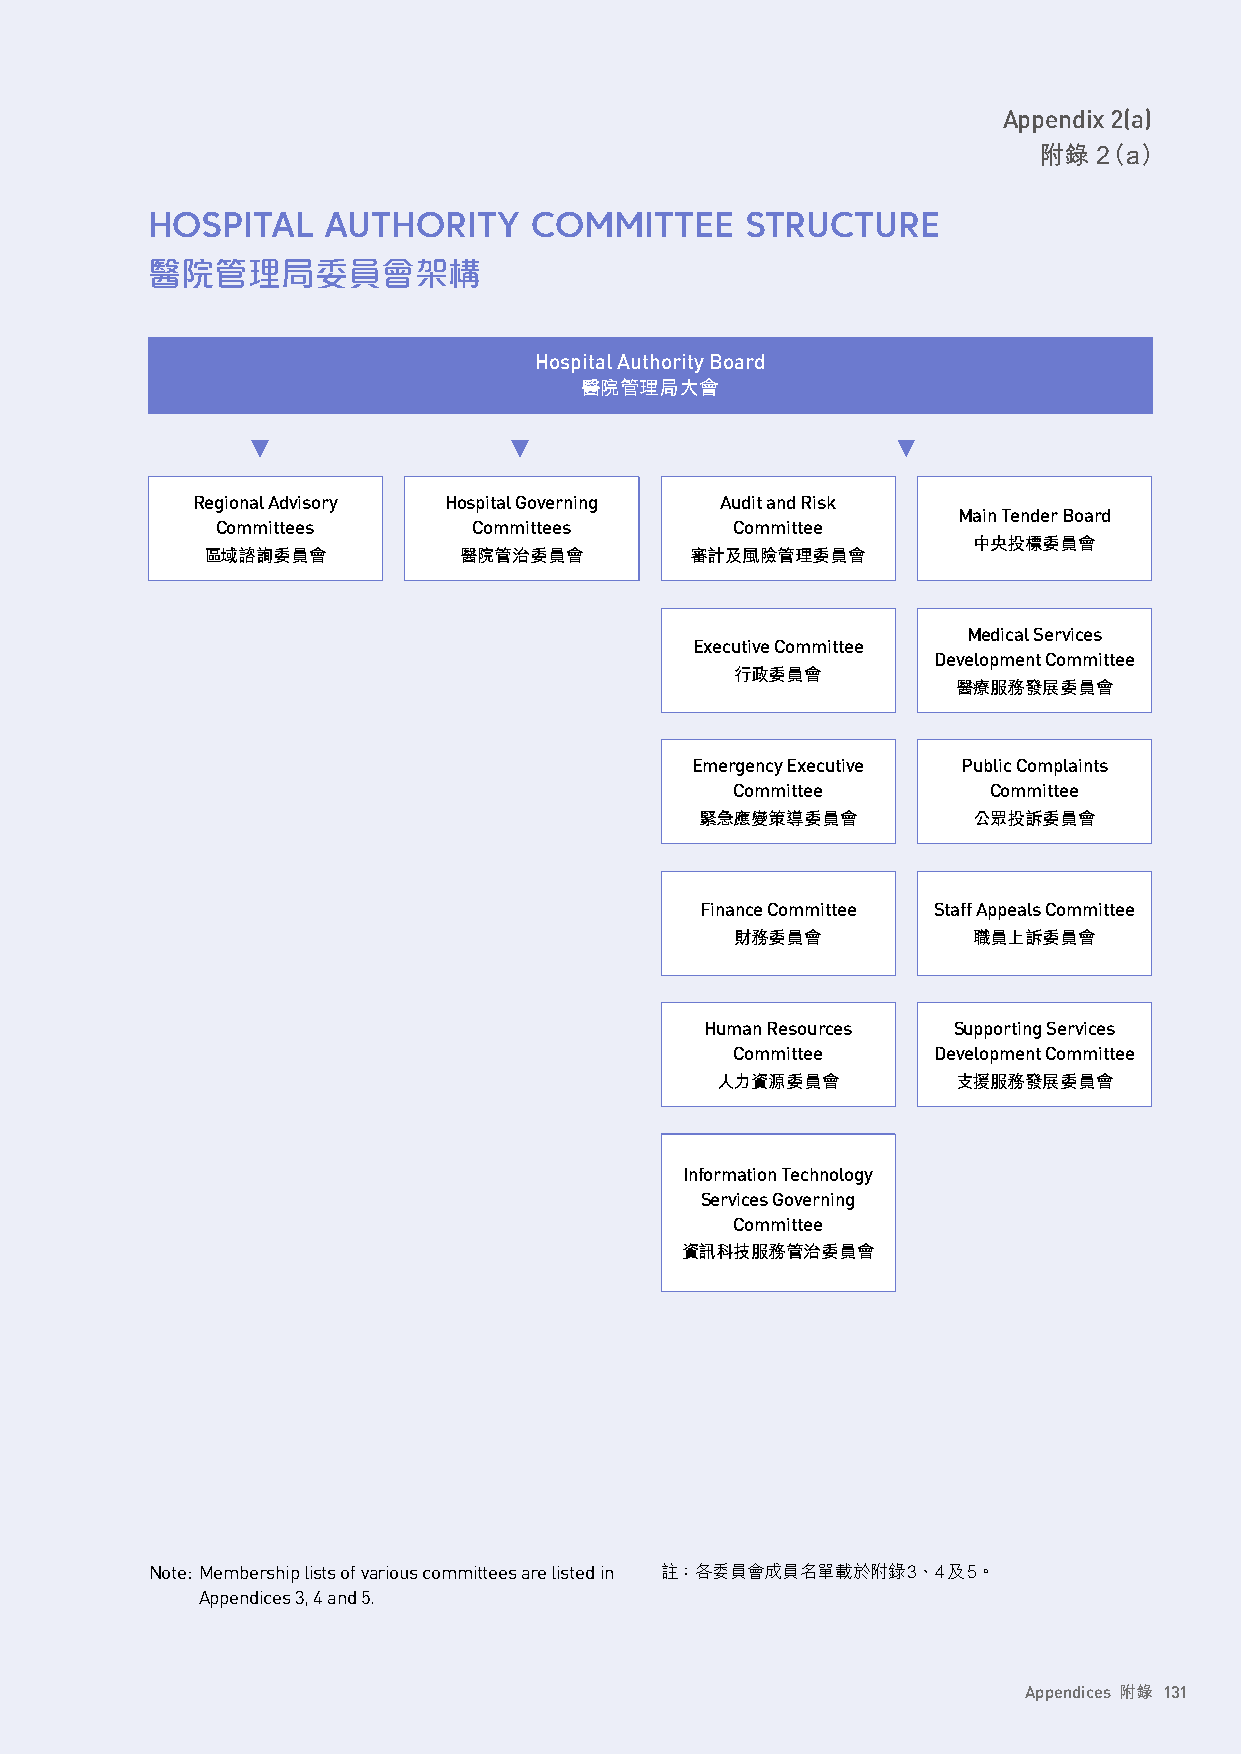
Appendix 2(a)
 附錄  2（a）
 HOSPITAL   AUTHORITY     COMMITTEE     STRUCTURE
 醫院管理局委員會架構
 Hospital Authority Board
 醫院管理局大會
 Regional Advisory Hospital Governing Audit and Risk
 Main Tender Board
 Committees       Committees        Committee
 中央投標委員會
 區域諮詢委員會          醫院管治委員會         審計及風險管理委員會
 Medical Services
 Executive Committee
 Development Committee
 行政委員會
 醫療服務發展委員會
 Emergency Executive Public Complaints
 Committee       Committee
 緊急應變策導委員會         公眾投訴委員會
 Finance Committee Staff Appeals Committee
 財務委員會          職員上訴委員會
 Human Resources Supporting Services
 Committee    Development Committee
 人力資源委員會         支援服務發展委員會
 Information Technology
 Services Governing
 Committee
 資訊科技服務管治委員會
 Note: Membership lists of various committees are listed in 註：各委員會成員名單載於附錄3、4及5。
 Appendices 3, 4 and 5.
 Appendices 附錄 131